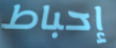
إحباط